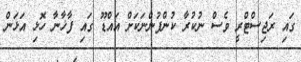
ގައި ރަޖިސްޓްރީ ވެސް ނުކުރާ ކުންފުންނަކަށް އައްޑޫ ގައި ފާޚާނާ ހޮޅި އަޅަން